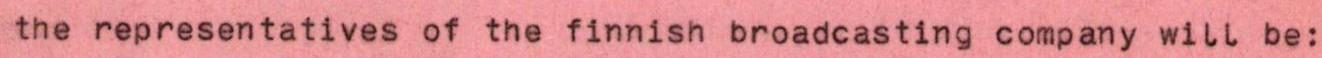
the representatives of the finnish broadcasting company will be: